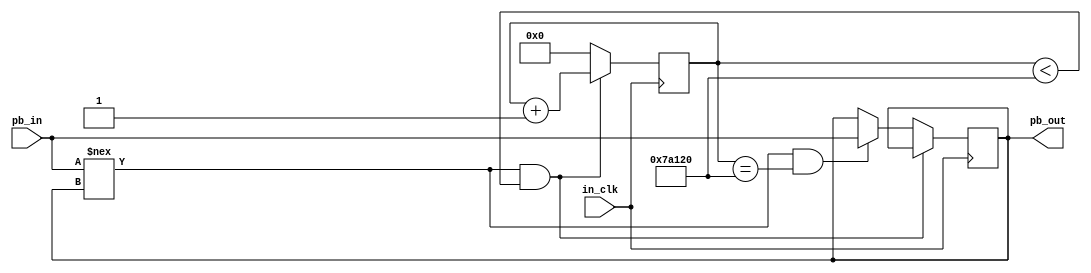
module debounce_pb(in_clk, pb_in, pb_out);
input in_clk;
input pb_in;
output pb_out;

reg button_state		 = 1'b 1;		//not pressed 
reg [18:0]clk_counter = 0;

parameter clks_ms = 500000;			//clks cycles to elapse 10ms
  
always @(posedge in_clk)
begin
	if((pb_in !== button_state) && (clk_counter < clks_ms))
	begin
	clk_counter <= clk_counter + 1;
	end
	
	else if((pb_in !== button_state) && clk_counter == clks_ms)
	begin
	clk_counter  <= 0;
	button_state <= pb_in;
	end
	
	else
	begin
	clk_counter <= 0;
	end
end

assign pb_out = button_state;
endmodule